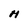
Character: H